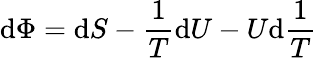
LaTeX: \mathrm{d}\Phi=\mathrm{d}S-{\frac{{1}}{{T}}}\mathrm{d}U-U\mathrm{d}{\frac{{1}}{{T}}}